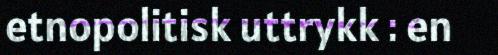
etnopolitisk uttrykk : en